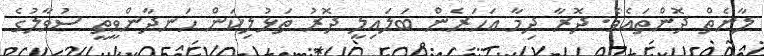
ލާނެތް ދޮންތައެވެ. ދޮރާ ދިމާ އަހަރެން ބަލައިލީ ދޮރު ތަޅުލިކަން ހަނދާންވީތީ ސުވާލުގެ